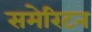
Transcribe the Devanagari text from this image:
समेरिटन